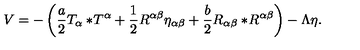
V = - \left( { \frac { a } { 2 } } T _ { \alpha } { } * \! T ^ { \alpha } + { \frac { 1 } { 2 } } R ^ { \alpha \beta } \eta _ { \alpha \beta } + { \frac { b } { 2 } } R _ { \alpha \beta } { } * \! R ^ { \alpha \beta } \right) - \Lambda \eta .